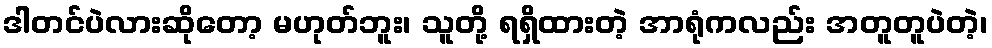
ဒါတင်ပဲလားဆိုတော့ မဟုတ်ဘူး၊ သူတို့ ရရှိထားတဲ့ အာရုံကလည်း အတူတူပဲတဲ့၊